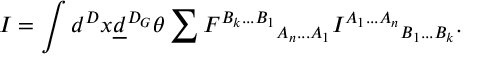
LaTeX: I = \int d ^ { D } x \underline { { { d } } } ^ { D _ { G } } \theta \sum { F ^ { B _ { k } . . . B _ { 1 } } } _ { A _ { n } . . . A _ { 1 } } { I ^ { A _ { 1 } . . . A _ { n } } } _ { B _ { 1 } . . . B _ { k } } .